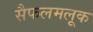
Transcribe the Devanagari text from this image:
सैफलमलूक